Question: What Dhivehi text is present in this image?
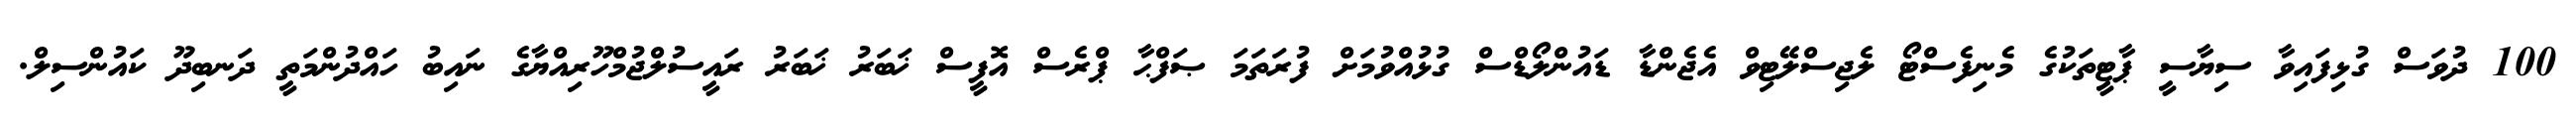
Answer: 100 ދުވަސް ގުޅިފައިވާ ސިޔާސީ ޕާޓީތަކުގެ މެނިފެސްޓޯ ލެޖިސްލޭޓިވް އެޖެންޑާ ޑައުންލޯޑްސް ގުޅުއްވުމަށް ފުރަތަމަ ޞަފްޙާ ޕްރެސް އޮފީސް ޚަބަރު ޚަބަރު ރައީސުލްޖުމްހޫރިއްޔާގެ ނައިބު ހައްދުންމަތީ ދަނބިދޫ ކައުންސިލް.